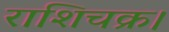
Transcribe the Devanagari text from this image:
राशिचक्र।